Indian journal of veterinary science and animal husbandry - Volume 13,
Year: 1943
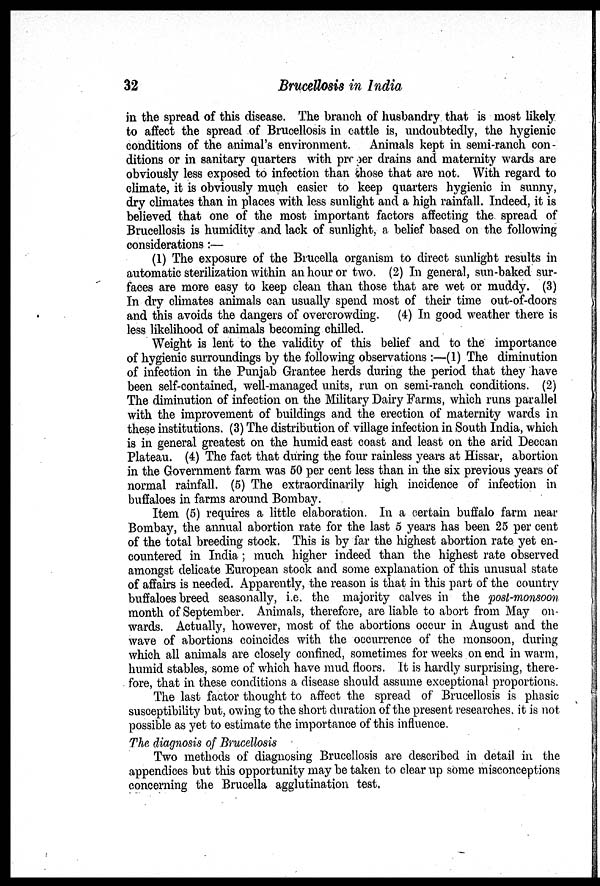
32
Brucellosis in India
in the spread of this disease. The branch of husbandry that is most likely
to affect the spread of Brucellosis in cattle is, undoubtedly, the hygienic
conditions of the animal's environment. Animals kept in semi-ranch con-
ditions or in sanitary quarters with proper drains and maternity wards are
obviously less exposed to infection than chose that are not. With regard to
climate, it is obviously much easier to keep quarters hygienic in sunny,
dry climates than in places with less sunlight and a high rainfall. Indeed, it is
believed that one of the most important factors affecting the spread of
Brucellosis is humidity and lack of sunlight, a belief based on the following
considerations:—
(1) The exposure of the Brucella organism to direct sunlight results in
automatic sterilization within an hour or two. (2) In general, sun-baked sur-
faces are more easy to keep clean than those that are wet or muddy. (3)
In dry climates animals can usually spend most of their time out-of-doors
and this avoids the dangers of overcrowding. (4) In good weather there is
less likelihood of animals becoming chilled.
Weight is lent to the validity of this belief and to the importance
of hygienic surroundings by the following observations :—(1) The diminution
of infection in the Punjab Grantee herds during the period that they have
been self-contained, well-managed units, run on semi-ranch conditions. (2)
The diminution of infection on the Military Dairy Farms, which runs parallel
with the improvement of buildings and the erection of maternity wards in
these institutions. (3) The distribution of village infection in South India, which
is in general greatest on the humid east coast and least on the arid Deccan
Plateau. (4) The fact that during the four rainless years at Hissar, abortion
in the Government farm was 50 per cent less than in the six previous years of
normal rainfall. (5) The extraordinarily high incidence of infection in
buffaloes in farms around Bombay.
Item (5) requires a little elaboration. In a certain buffalo farm near
Bombay, the annual abortion rate for the last 5 years has been 25 per cent
of the total breeding stock. This is by far the highest abortion rate yet en-
countered in India ; much higher indeed than the highest rate observed
amongst delicate European stock and some explanation of this unusual state
of affairs is needed. Apparently, the reason is that in this part of the country
buffaloes breed seasonally, i.e. the majority calves in the post-monsoon
month of September. Animals, therefore, are liable to abort from May on-
wards. Actually, however, most of the abortions occur in August and the
wave of abortions coincides with the occurrence of the monsoon, during
which all animals are closely confined, sometimes for weeks on end in warm,
humid stables, some of which have mud floors. It is hardly surprising, there-
fore, that in these conditions a disease should assume exceptional proportions.
The last factor thought to affect the spread of Brucellosis is phasic
susceptibility but, owing to the short duration of the present researches, it is not
possible as yet to estimate the importance of this influence.
The diagnosis of Brucellosis
Two methods of diagnosing Brucellosis are described in detail in the
appendices but this opportunity may be taken to clear up some misconceptions
concerning the Brucella agglutination test.